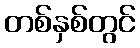
တစ်နှစ်တွင်